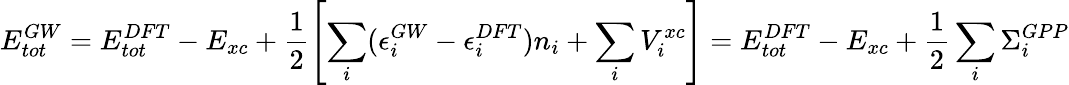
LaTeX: E_{tot}^{GW}=E_{tot}^{DFT}-E_{xc}+\frac 12\left[\sum_{i}(\epsilon_{i}^{GW}-\epsilon_{i}^{DFT})n_{i}+\sum_{i}V_{i}^{xc}\right]=E_{tot}^{DFT}-E_{xc}+\frac 12\sum_{i}\Sigma_{i}^{GPP}